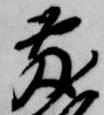
敷